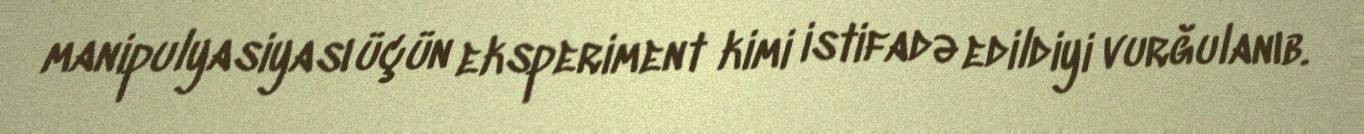
manipulyasiyası üçün eksperiment kimi istifadə edildiyi vurğulanıb.